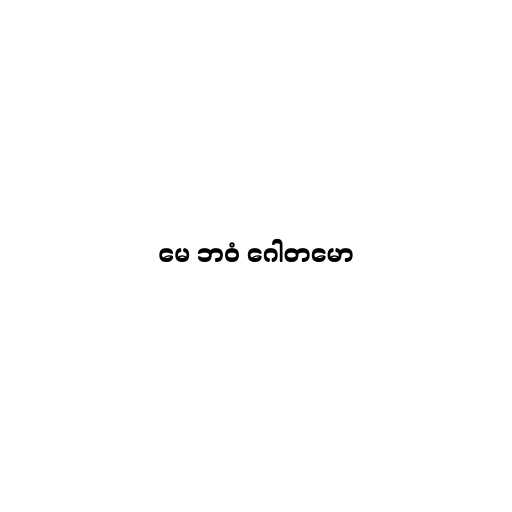
မေ ဘဝံ ဂေါတမော